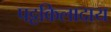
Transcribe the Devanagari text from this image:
पट्टकिलादाय